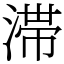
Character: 滞